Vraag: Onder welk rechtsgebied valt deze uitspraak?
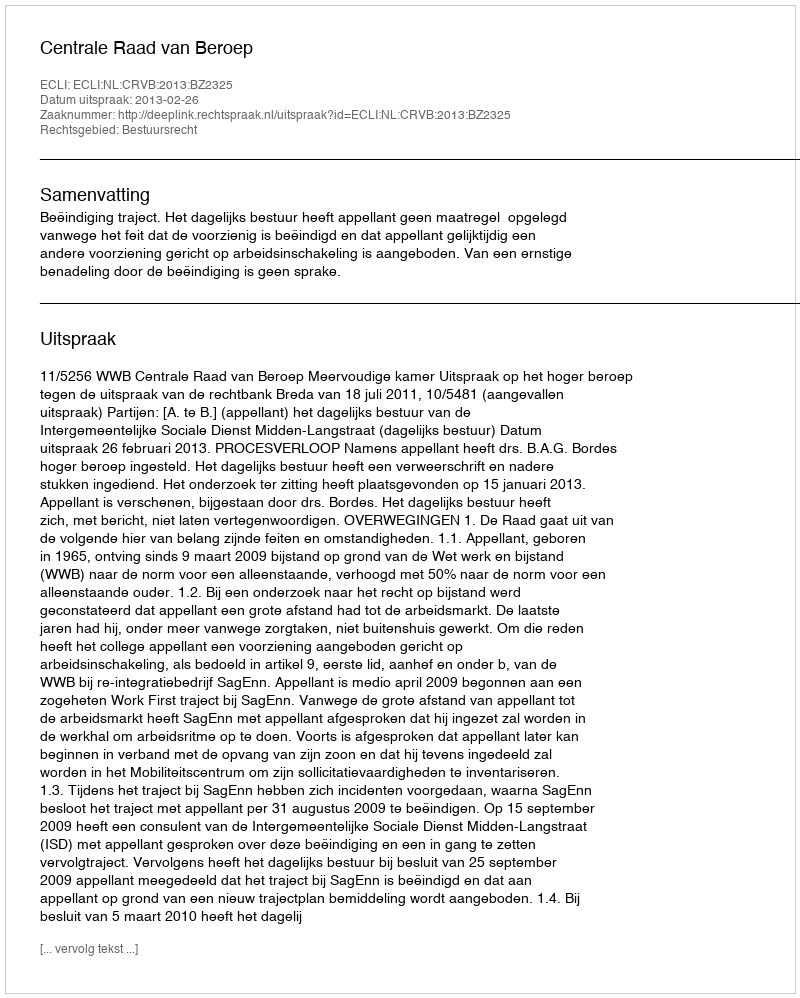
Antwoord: Bestuursrecht